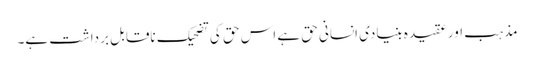
مذہب اور عقیدہ بنیادی انسانی حق ہے اس حق کی تضحیک ناقابل برداشت ہے۔